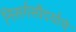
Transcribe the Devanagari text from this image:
निसर्गसौंदर्याचे